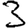
Digit: 3